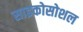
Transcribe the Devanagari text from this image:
साइकोसोशल